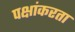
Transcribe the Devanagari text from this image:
पक्षांकरता